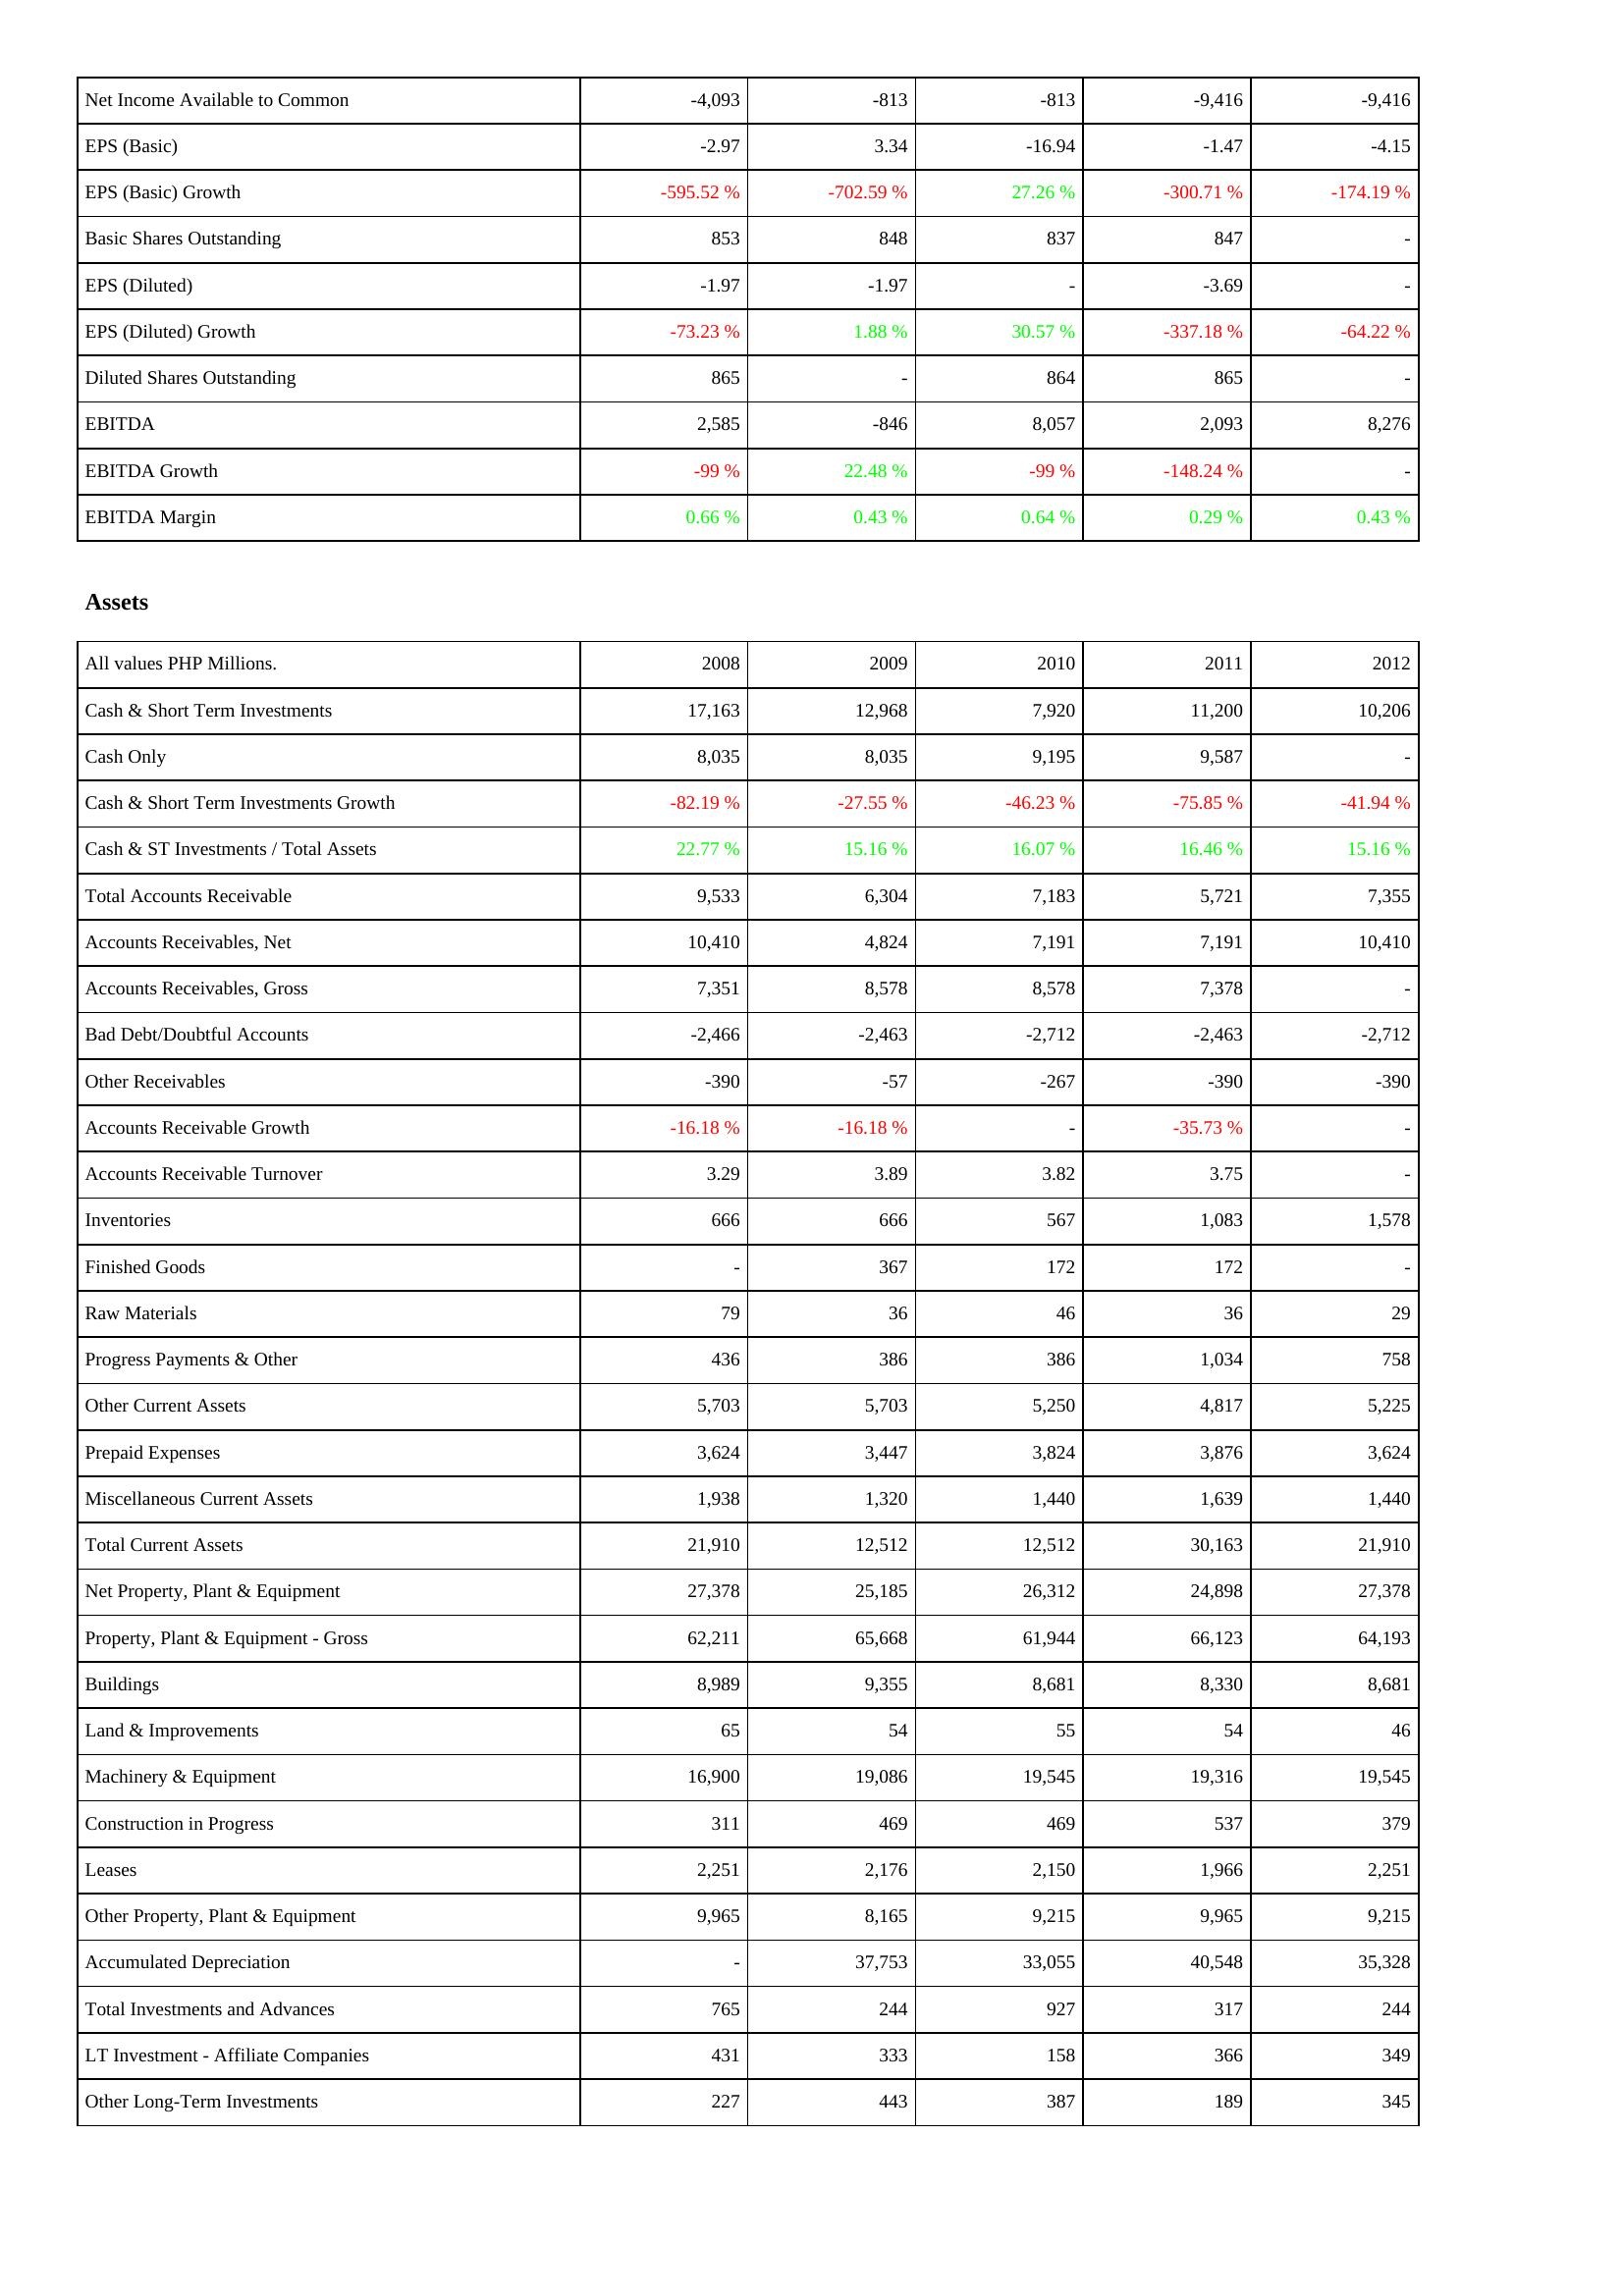
2008: Income Statement: Net Income Available to Common: -4,093
EPS (Basic): -2.97
EPS (Basic) Growth: -595.52 %
Basic Shares Outstanding: 853
EPS (Diluted): -1.97
EPS (Diluted) Growth: -73.23 %
Diluted Shares Outstanding: 865
EBITDA: 2,585
EBITDA Growth: -99 %
EBITDA Margin: 0.66 %
Assets: Cash & Short Term Investments: 17,163
Cash Only: 8,035
Cash & Short Term Investments Growth: -82.19 %
Cash & ST Investments / Total Assets: 22.77 %
Total Accounts Receivable: 9,533
Accounts Receivables, Net: 10,410
Accounts Receivables, Gross: 7,351
Bad Debt/Doubtful Accounts: -2,466
Other Receivables: -390
Accounts Receivable Growth: -16.18 %
Accounts Receivable Turnover: 3.29
Inventories: 666
Finished Goods: -
Raw Materials: 79
Progress Payments & Other: 436
Other Current Assets: 5,703
Prepaid Expenses: 3,624
Miscellaneous Current Assets: 1,938
Total Current Assets: 21,910
Net Property, Plant & Equipment: 27,378
Property, Plant & Equipment - Gross: 62,211
Buildings: 8,989
Land & Improvements: 65
Machinery & Equipment: 16,900
Construction in Progress: 311
Leases: 2,251
Other Property, Plant & Equipment: 9,965
Accumulated Depreciation: -
Total Investments and Advances: 765
LT Investment - Affiliate Companies: 431
Other Long-Term Investments: 227
2009: Income Statement: Net Income Available to Common: -813
EPS (Basic): 3.34
EPS (Basic) Growth: -702.59 %
Basic Shares Outstanding: 848
EPS (Diluted): -1.97
EPS (Diluted) Growth: 1.88 %
Diluted Shares Outstanding: -
EBITDA: -846
EBITDA Growth: 22.48 %
EBITDA Margin: 0.43 %
Assets: Cash & Short Term Investments: 12,968
Cash Only: 8,035
Cash & Short Term Investments Growth: -27.55 %
Cash & ST Investments / Total Assets: 15.16 %
Total Accounts Receivable: 6,304
Accounts Receivables, Net: 4,824
Accounts Receivables, Gross: 8,578
Bad Debt/Doubtful Accounts: -2,463
Other Receivables: -57
Accounts Receivable Growth: -16.18 %
Accounts Receivable Turnover: 3.89
Inventories: 666
Finished Goods: 367
Raw Materials: 36
Progress Payments & Other: 386
Other Current Assets: 5,703
Prepaid Expenses: 3,447
Miscellaneous Current Assets: 1,320
Total Current Assets: 12,512
Net Property, Plant & Equipment: 25,185
Property, Plant & Equipment - Gross: 65,668
Buildings: 9,355
Land & Improvements: 54
Machinery & Equipment: 19,086
Construction in Progress: 469
Leases: 2,176
Other Property, Plant & Equipment: 8,165
Accumulated Depreciation: 37,753
Total Investments and Advances: 244
LT Investment - Affiliate Companies: 333
Other Long-Term Investments: 443
2010: Income Statement: Net Income Available to Common: -813
EPS (Basic): -16.94
EPS (Basic) Growth: 27.26 %
Basic Shares Outstanding: 837
EPS (Diluted): -
EPS (Diluted) Growth: 30.57 %
Diluted Shares Outstanding: 864
EBITDA: 8,057
EBITDA Growth: -99 %
EBITDA Margin: 0.64 %
Assets: Cash & Short Term Investments: 7,920
Cash Only: 9,195
Cash & Short Term Investments Growth: -46.23 %
Cash & ST Investments / Total Assets: 16.07 %
Total Accounts Receivable: 7,183
Accounts Receivables, Net: 7,191
Accounts Receivables, Gross: 8,578
Bad Debt/Doubtful Accounts: -2,712
Other Receivables: -267
Accounts Receivable Growth: -
Accounts Receivable Turnover: 3.82
Inventories: 567
Finished Goods: 172
Raw Materials: 46
Progress Payments & Other: 386
Other Current Assets: 5,250
Prepaid Expenses: 3,824
Miscellaneous Current Assets: 1,440
Total Current Assets: 12,512
Net Property, Plant & Equipment: 26,312
Property, Plant & Equipment - Gross: 61,944
Buildings: 8,681
Land & Improvements: 55
Machinery & Equipment: 19,545
Construction in Progress: 469
Leases: 2,150
Other Property, Plant & Equipment: 9,215
Accumulated Depreciation: 33,055
Total Investments and Advances: 927
LT Investment - Affiliate Companies: 158
Other Long-Term Investments: 387
2011: Income Statement: Net Income Available to Common: -9,416
EPS (Basic): -1.47
EPS (Basic) Growth: -300.71 %
Basic Shares Outstanding: 847
EPS (Diluted): -3.69
EPS (Diluted) Growth: -337.18 %
Diluted Shares Outstanding: 865
EBITDA: 2,093
EBITDA Growth: -148.24 %
EBITDA Margin: 0.29 %
Assets: Cash & Short Term Investments: 11,200
Cash Only: 9,587
Cash & Short Term Investments Growth: -75.85 %
Cash & ST Investments / Total Assets: 16.46 %
Total Accounts Receivable: 5,721
Accounts Receivables, Net: 7,191
Accounts Receivables, Gross: 7,378
Bad Debt/Doubtful Accounts: -2,463
Other Receivables: -390
Accounts Receivable Growth: -35.73 %
Accounts Receivable Turnover: 3.75
Inventories: 1,083
Finished Goods: 172
Raw Materials: 36
Progress Payments & Other: 1,034
Other Current Assets: 4,817
Prepaid Expenses: 3,876
Miscellaneous Current Assets: 1,639
Total Current Assets: 30,163
Net Property, Plant & Equipment: 24,898
Property, Plant & Equipment - Gross: 66,123
Buildings: 8,330
Land & Improvements: 54
Machinery & Equipment: 19,316
Construction in Progress: 537
Leases: 1,966
Other Property, Plant & Equipment: 9,965
Accumulated Depreciation: 40,548
Total Investments and Advances: 317
LT Investment - Affiliate Companies: 366
Other Long-Term Investments: 189
2012: Income Statement: Net Income Available to Common: -9,416
EPS (Basic): -4.15
EPS (Basic) Growth: -174.19 %
Basic Shares Outstanding: -
EPS (Diluted): -
EPS (Diluted) Growth: -64.22 %
Diluted Shares Outstanding: -
EBITDA: 8,276
EBITDA Growth: -
EBITDA Margin: 0.43 %
Assets: Cash & Short Term Investments: 10,206
Cash Only: -
Cash & Short Term Investments Growth: -41.94 %
Cash & ST Investments / Total Assets: 15.16 %
Total Accounts Receivable: 7,355
Accounts Receivables, Net: 10,410
Accounts Receivables, Gross: -
Bad Debt/Doubtful Accounts: -2,712
Other Receivables: -390
Accounts Receivable Growth: -
Accounts Receivable Turnover: -
Inventories: 1,578
Finished Goods: -
Raw Materials: 29
Progress Payments & Other: 758
Other Current Assets: 5,225
Prepaid Expenses: 3,624
Miscellaneous Current Assets: 1,440
Total Current Assets: 21,910
Net Property, Plant & Equipment: 27,378
Property, Plant & Equipment - Gross: 64,193
Buildings: 8,681
Land & Improvements: 46
Machinery & Equipment: 19,545
Construction in Progress: 379
Leases: 2,251
Other Property, Plant & Equipment: 9,215
Accumulated Depreciation: 35,328
Total Investments and Advances: 244
LT Investment - Affiliate Companies: 349
Other Long-Term Investments: 345